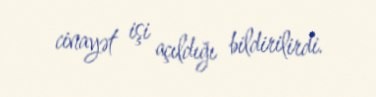
cinayət işi açıldığı bildirilirdi.